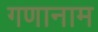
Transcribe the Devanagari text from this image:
गणानाम